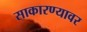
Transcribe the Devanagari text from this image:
साकारण्यावर